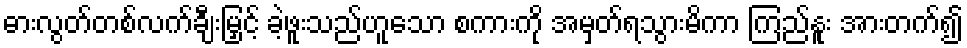
ဓားလွတ်တစ်လက်ချီးမြှင့် ခဲ့ဖူးသည်ဟူသော စကားကို အမှတ်ရသွားမိကာ ကြည်နူး အားတက်၍